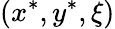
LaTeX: (x^{*},y^{*},\xi)